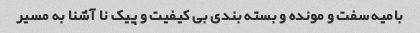
بامیه سفت و مونده و بسته بندی بی کیفیت و پیک نا آشنا به مسیر